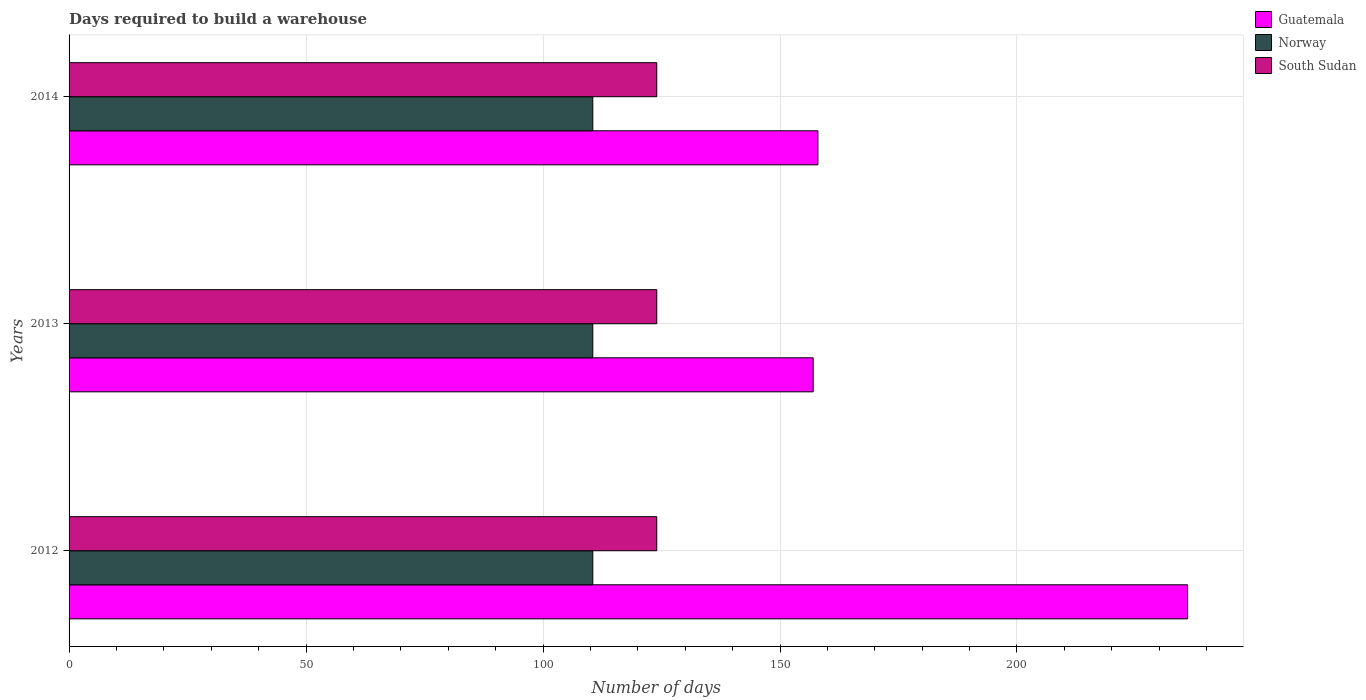
| Years | Guatemala | Norway | South Sudan |
 | --- | --- | --- | --- |
 | 2012 | 236 | 110 | 124 |
 | 2013 | 157 | 110 | 124 |
 | 2014 | 158 | 110 | 124 |